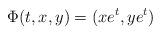
LaTeX: \begin{align*}\Phi(t,x,y) = (xe^{t}, ye^{t})\end{align*}